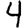
Digit: 4